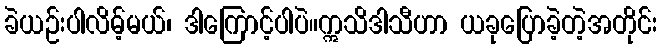
ခဲယဉ်းပါလိမ့်မယ်၊ ဒါကြောင့်ပါပဲ။ဣသိဒါသီဟာ ယခုပြောခဲ့တဲ့အတိုင်း